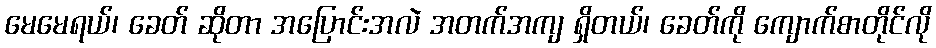
မေမေရယ်၊ ခေတ် ဆိုတာ အပြောင်းအလဲ အတက်အကျ ရှိတယ်၊ ခေတ်ကို ကျောက်စာတိုင်လို